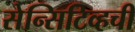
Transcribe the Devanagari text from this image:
सेन्सिटिव्हची